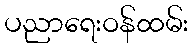
ပညာရေးဝန်ထမ်း